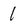
Character: 1